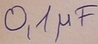
Text: 0,1µF